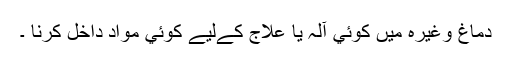
دماغ وغیرہ میں کوئي آلہ یا علاج کےلیے کوئي مواد داخل کرنا ۔